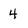
Character: 4